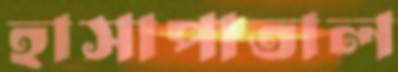
হাসাপাতাল